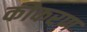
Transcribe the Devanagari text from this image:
कीकरण